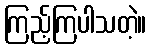
ကြည့်ကြပါသတဲ့။